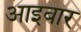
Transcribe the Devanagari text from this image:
आइबार